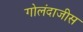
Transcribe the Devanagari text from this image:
गोलंदाजीस